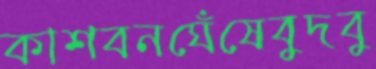
কাশবনঘেঁষেবুদবু